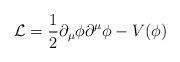
LaTeX: \begin{align*}\mathcal{L}=\frac{1}{2}\partial_{\mu}\phi\partial^{\mu}\phi -V(\phi)\end{align*}